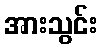
အားသွင်း